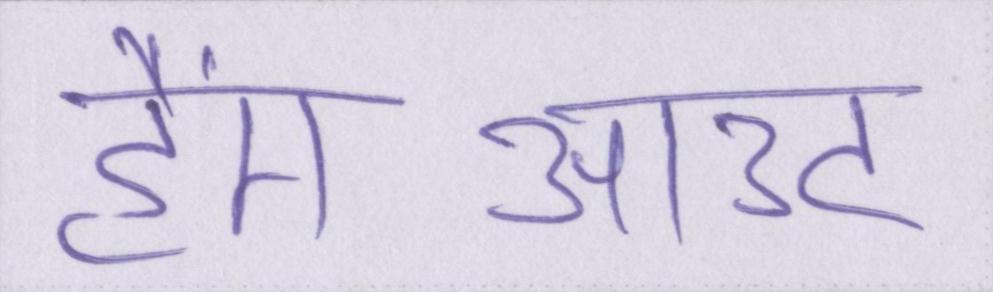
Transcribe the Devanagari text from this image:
हैंगआउट